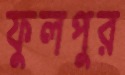
ফুলপুর